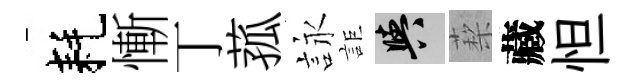
耗慚丁菰詠詎阳蔾藏怛